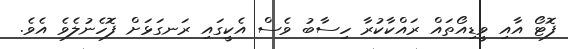
ފޮޓޯ އާއި ވީޑިއޯތައް ރައްކާކުރާ ހިސާބު ވެސް އެކީގައި ރަނގަޅަށް ފޮހެނުލެވެ އެވެ.